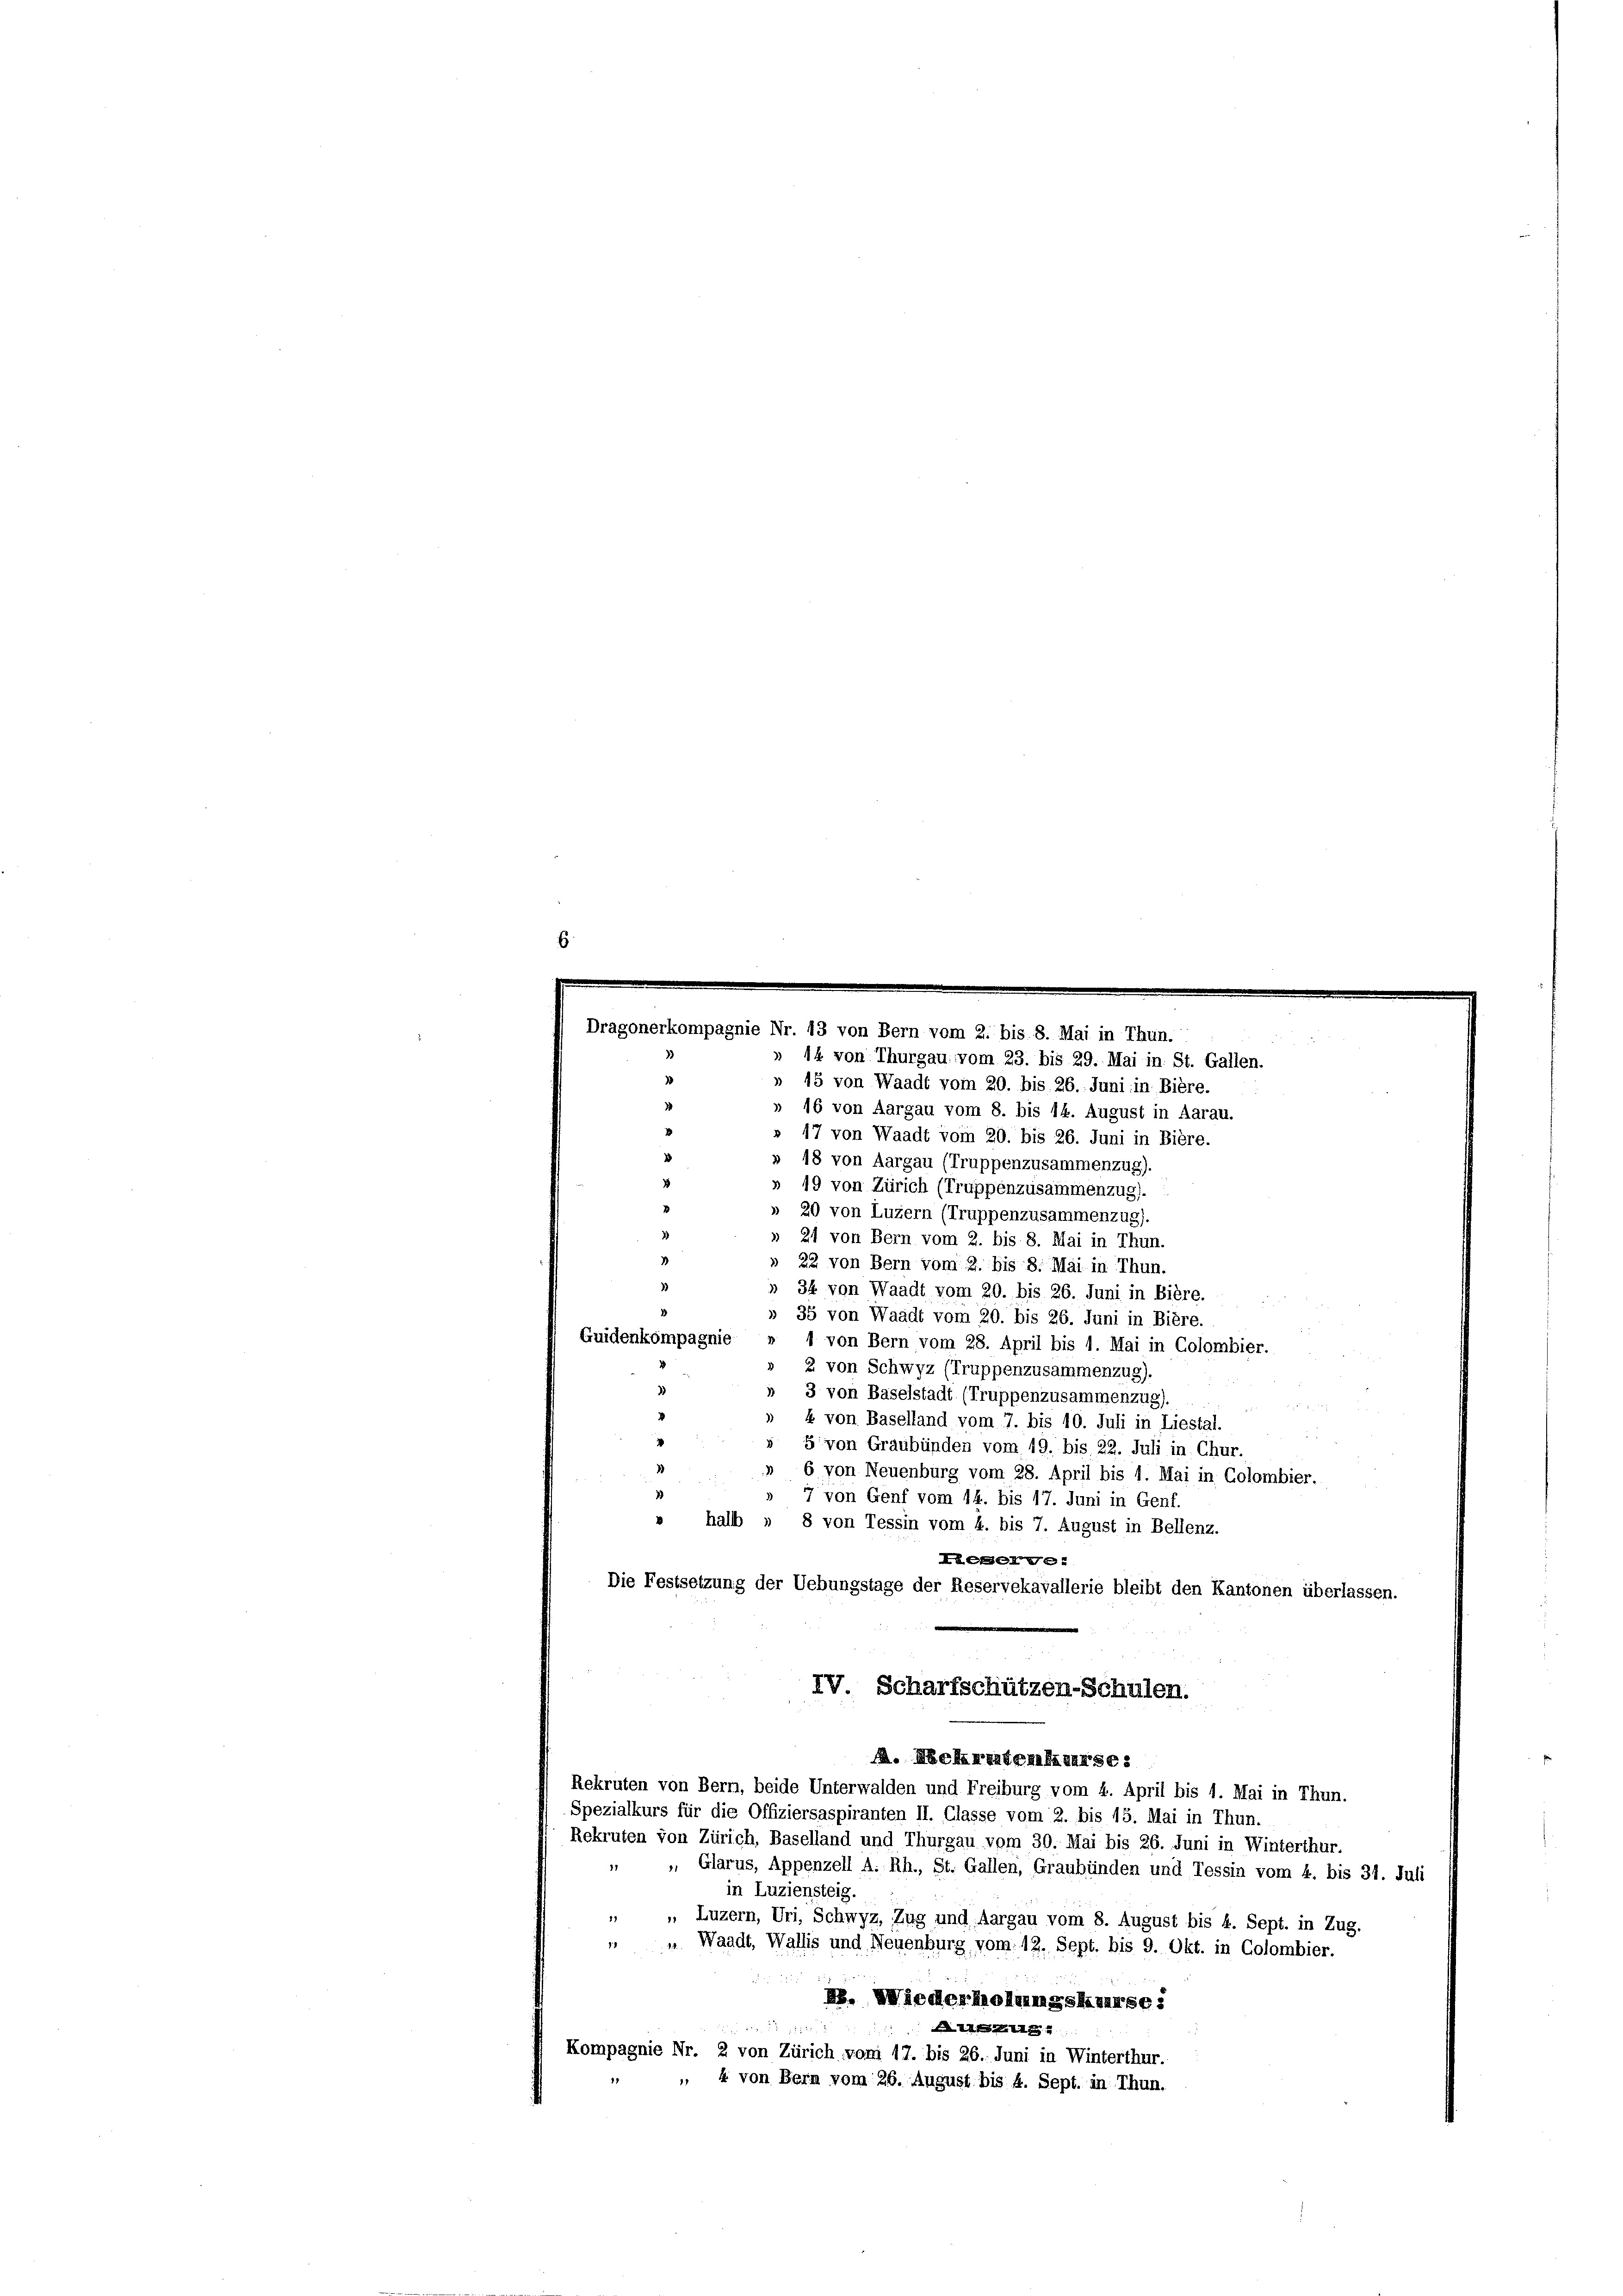
» 44 von Thurgau vom 23. bis 29. Mai in St. Gallen.
» 15 von Waadt vom 20. bis 26. Juni in Bière.
» 16 von Aargau vom 8. bis 14. August in Aarau.
» 17 von Waadt vom 20. bis 26. Juni in Bière.
» 18 von Aargau (Truppenzusammenzug).
» 19 von Zürich (Truppenzusammenzug).
» 20 von Luzern (Truppenzusammenzug).
» 21 von Bern vom 2. bis 8. Mai in Thun.
» 22 von Bern vom 2. bis 8. Mai in Thun.
» 34 von Waadt vom 20. bis 26. Juni in Bière.
» 35 von Waadt vom 20. bis 26. Juni in Bière.
Guidenkompagnie
» 4 von Bern vom 28. April bis 1. Mai in Colombier.
2 von Schwyz (Truppenzusammenzug).
» 3 von Baselstadt (Truppenzusammenzug).

» 4 von Baselland vom 7. bis 40. Juli in Liestal.
2
» 5 von Graubünden vom 19. bis 22. Juli in Chur.
 6 von Neuenburg vom 28. April bis 1. Mai in Colombier.
» 7 von Genf vom 14. bis 17. Juni in Genf.
» halb „ 8 von Tessin vom 4. bis 7. August in Bellenz.
XECHelge
Die Festsetzung der Uebungstage der Reservekavallerie bleibt den Kantonen überlassen.
IV. Scharfschützen-Schulen.
A. Dekreterkurse:
Rekruten von Bern, beide Unterwalden und Freiburg vom 4. April bis 4. Mai in Thun.
Spezialkurs für die Offiziersaspiranten II. Classe vom 2. bis 15. Mai in Thun.
Rekruten von Zürich, Baselland und Thurgau vom 30. Mai bis 26. Juni in Winterthur.
 Glarus, Appenzell A. Rh., St. Gallen, Graubünden und Tessin vom 4. bis 31. Juli
in Luziensteig.
11
„ Luzern, Uri, Schwyz, Zug und Aargau vom 8. August bis 4. Sept. in Zug.
" Waadt, Wallis und Neuenburg vom 19. Sept. bis 9. Okt. in Colombier.
I. Wiederholungskurse:
ALLG
Kompagnie Nr. 2 von Zürich vom 17. bis 26. Juni in Winterthur.
„ „ 4 von Bern vom 26. August bis 4. Sept. in Thun.

3

fr. 43 von Bern vom 2. bis. 8.

ai in T

.

e